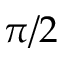
\pi / 2